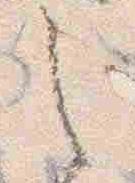
之